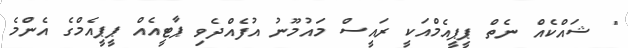
" ޝައްކެއް ނެތް ޕީޕީއެމްއަކީ ރައީސް މައުމޫނު އުފެއްދެވި ޕާޓީއެއް ޕީޕީއެމްގެ އެންމެ